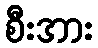
စီးအား